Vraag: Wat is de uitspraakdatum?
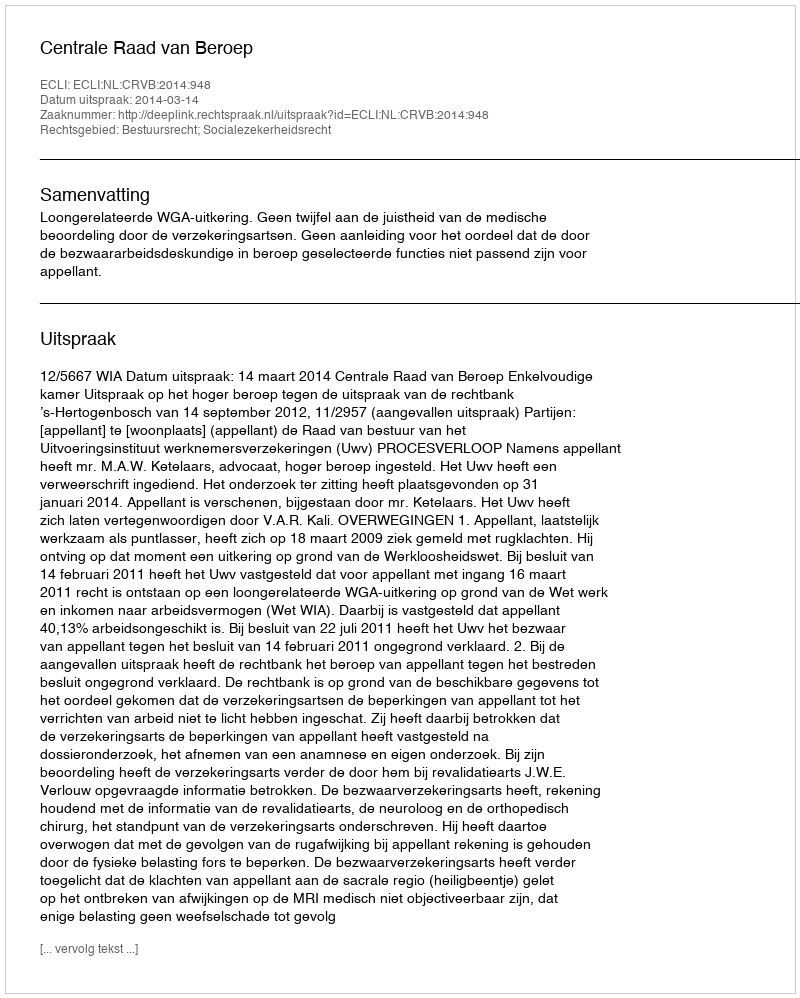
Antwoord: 2014-03-14